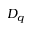
D _ { q }